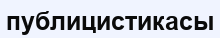
публицистикасы